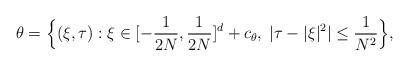
LaTeX: \begin{align*}\theta = \Bigl\{ (\xi, \tau) : \xi \in [- \frac1{2N}, \frac1{2N}]^d + c_\theta,\; |\tau - |\xi|^2 | \le \frac1{N^2} \Bigr\},\end{align*}